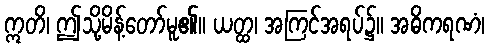
ဣတိ၊ ဤသို့မိန့်တော်မူ၏။ ယတ္ထ၊ အကြင်အရပ်၌။ အဓိကရဏံ၊